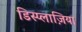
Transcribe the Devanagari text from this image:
डिस्प्लाज़िया